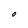
Character: O